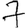
Digit: 7